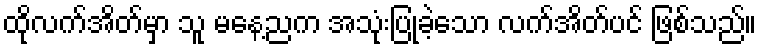
ထိုလက်အိတ်မှာ သူ မနေ့ညက အသုံးပြုခဲ့သော လက်အိတ်ပင် ဖြစ်သည်။